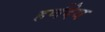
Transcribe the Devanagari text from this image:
हर्णदेव